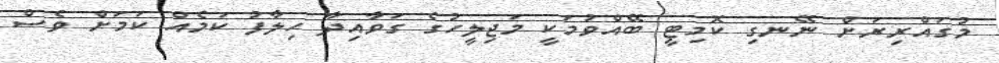
މުގައްރިރަށް ނޭނގި ކޮމިޓީ ބޭއްވުމަކީ މަޖިލީހުގެ ގަވާއިދާ ހިލާފު ކަމެއް ކަމަށް ވެސް